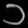
Digit: ၁